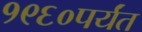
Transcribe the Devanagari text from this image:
१९६०पर्यंत